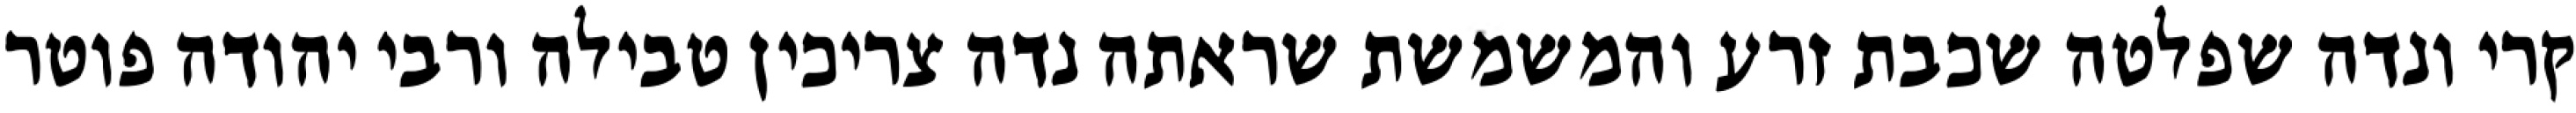
קרי ונדה שפלטה שכבת זרע והמשמשת שראתה נדה צריכין טבילה ורבי יהודה פוטר